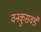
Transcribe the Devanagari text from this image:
वनकुसवडे